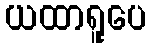
ယထာရူပေ